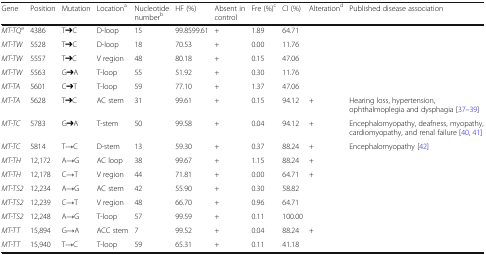
<table><thead><tr><td><b>Gene</b></td><td><b>Position</b></td><td><b>Mutation</b></td><td><b>Location<sup>a</sup></b></td><td><b>Nucleotide number<sup>b</sup></b></td><td><b>HF (%)</b></td><td><b>Absent in control</b></td><td><b>Fre (%)<sup>c</sup></b></td><td><b>CI (%)</b></td><td><b>Alteration<sup>d</sup></b></td><td><b>Published disease association</b></td></tr></thead><tbody><tr><td><i>MT-TQ</i><sup>e</sup></td><td>4386</td><td>T➔C</td><td>D-loop</td><td>15</td><td>99.8599.61</td><td>+</td><td>1.89</td><td>64.71</td><td></td><td rowspan="5"></td></tr><tr><td><i>MT-TW</i></td><td>5528</td><td>T➔C</td><td>D-loop</td><td>18</td><td>70.53</td><td>+</td><td>0.00</td><td>11.76</td><td></td></tr><tr><td><i>MT-TW</i></td><td>5557</td><td>T➔C</td><td>V region</td><td>48</td><td>80.18</td><td>+</td><td>0.15</td><td>47.06</td><td></td></tr><tr><td><i>MT-TW</i></td><td>5563</td><td>G➔A</td><td>T-loop</td><td>55</td><td>51.92</td><td>+</td><td>0.30</td><td>11.76</td><td></td></tr><tr><td><i>MT-TA</i></td><td>5601</td><td>C➔T</td><td>T-loop</td><td>59</td><td>77.10</td><td>+</td><td>1.37</td><td>47.06</td><td></td></tr><tr><td><i>MT-TA</i></td><td>5628</td><td>T➔C</td><td>AC stem</td><td>31</td><td>99.61</td><td>+</td><td>0.15</td><td>94.12</td><td>+</td><td>Hearing loss, hypertension, ophthalmoplegia and dysphagia [37–39]</td></tr><tr><td><i>MT-TC</i></td><td>5783</td><td>G➔A</td><td>T-stem</td><td>50</td><td>99.58</td><td>+</td><td>0.04</td><td>94.12</td><td>+</td><td>Encephalomyopathy, deafness, myopathy, cardiomyopathy, and renal failure [40, 41]</td></tr><tr><td><i>MT-TC</i></td><td>5814</td><td>T→C</td><td>D-stem</td><td>13</td><td>59.30</td><td>+</td><td>0.37</td><td>88.24</td><td>+</td><td>Encephalomyopathy [42]</td></tr><tr><td><i>MT-TH</i></td><td>12,172</td><td>A→G</td><td>AC loop</td><td>38</td><td>99.67</td><td>+</td><td>1.15</td><td>88.24</td><td>+</td><td rowspan="7"></td></tr><tr><td><i>MT-TH</i></td><td>12,178</td><td>C→T</td><td>V region</td><td>44</td><td>71.81</td><td>+</td><td>0.00</td><td>64.71</td><td>+</td></tr><tr><td><i>MT-TS2</i></td><td>12,234</td><td>A→G</td><td>AC stem</td><td>42</td><td>55.90</td><td>+</td><td>0.30</td><td>58.82</td><td></td></tr><tr><td><i>MT-TS2</i></td><td>12,239</td><td>C→T</td><td>V region</td><td>48</td><td>66.70</td><td>+</td><td>0.96</td><td>64.71</td><td></td></tr><tr><td><i>MT-TS2</i></td><td>12,248</td><td>A→G</td><td>T-loop</td><td>57</td><td>99.59</td><td>+</td><td>0.11</td><td>100.00</td><td></td></tr><tr><td><i>MT-TT</i></td><td>15,894</td><td>G→A</td><td>ACC stem</td><td>7</td><td>99.52</td><td>+</td><td>0.04</td><td>88.24</td><td>+</td></tr><tr><td><i>MT-TT</i></td><td>15,940</td><td>T→C</td><td>T-loop</td><td>59</td><td>65.31</td><td>+</td><td>0.11</td><td>41.18</td><td></td></tr></tbody></table>